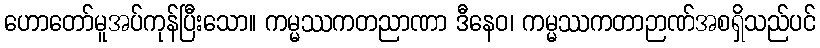
ဟောတော်မူအပ်ကုန်ပြီးသော။ ကမ္မဿကတညာဏာ ဒီနေဝ၊ ကမ္မဿကတာဉာဏ်အစရှိသည်ပင်